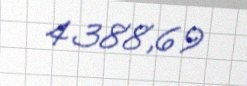
4388,69